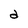
Character: a